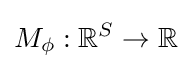
M_{\phi }:\mathbb {R} ^{S}\rightarrow \mathbb {R}